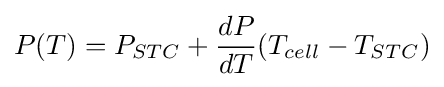
P(T)=P_{STC}+{\frac {dP}{dT}}(T_{cell}-T_{STC})